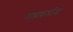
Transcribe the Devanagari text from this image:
गाडगीय